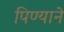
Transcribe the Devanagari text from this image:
पिण्याने